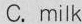
C.milk